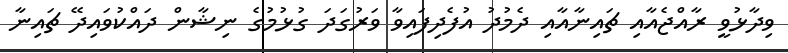
ވިދާޅުވީ ރާއްޖެއާއި ޗައިނާއާއި ދެމުދު އުފެދިފައިވާ ވަރުގަދަ ގުޅުމުގެ ނިޝާން ދައްކުވައިދޭ ޗައިނާ